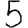
Digit: 5